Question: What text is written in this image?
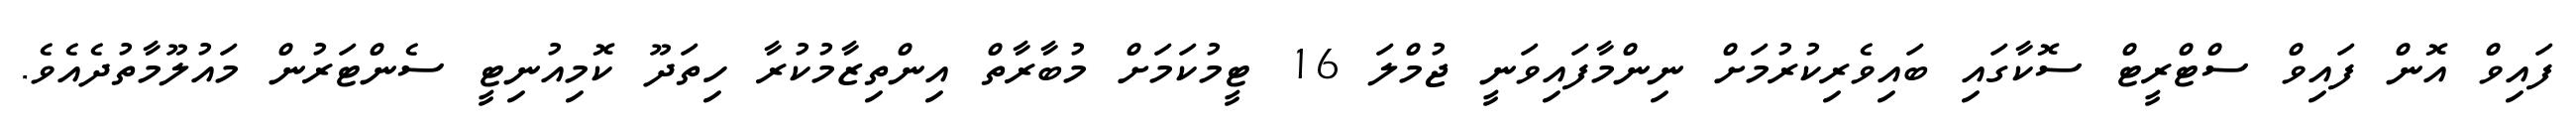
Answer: ފައިވް އޮން ފައިވް ސްޓްރީޓް ސޮކާގައި ބައިވެރިކުރުމަށް ނިންމާފައިވަނީ ޖުމްލަ 16 ޓީމުކަމަށް މުބާރާތް އިންތިޒާމުކުރާ ހިތަދޫ ކޮމިއުނިޓީ ސެންޓަރުން މައުލޫމާތުދެއެވެ.